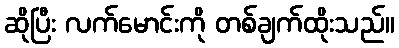
ဆိုပြီး လက်မောင်းကို တစ်ချက်ထိုးသည်။